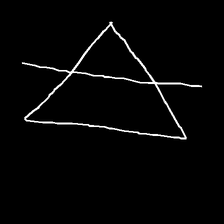
Glyph: empower